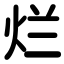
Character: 烂